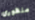
منظوري